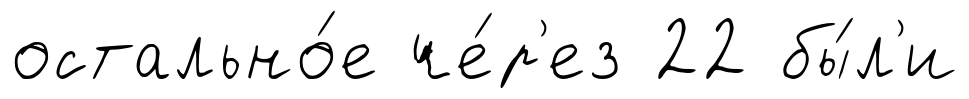
остально́е че́р'ез 22 бы́л'и